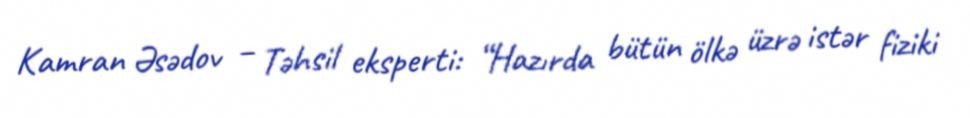
Kamran Əsədov – Təhsil eksperti: “Hazırda bütün ölkə üzrə istər fiziki